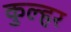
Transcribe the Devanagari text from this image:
कुल्हर